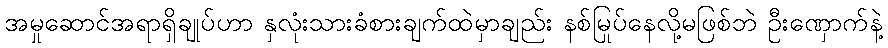
အမှုဆောင်အရာရှိချုပ်ဟာ နှလုံးသားခံစားချက်ထဲမှာချည်း နစ်မြုပ်နေလို့မဖြစ်ဘဲ ဦးဏှောက်နဲ့